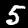
Digit: 5